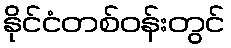
နိုင်ငံတစ်ဝန်းတွင်